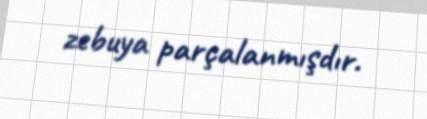
zebuya parçalanmışdır.